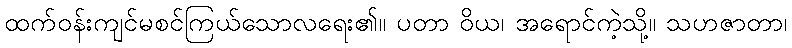
ထက်ဝန်းကျင်မစင်ကြယ်သောလရေး၏။ ပတာ ဝိယ၊ အရောင်ကဲ့သို့။ သဟဇာတာ၊